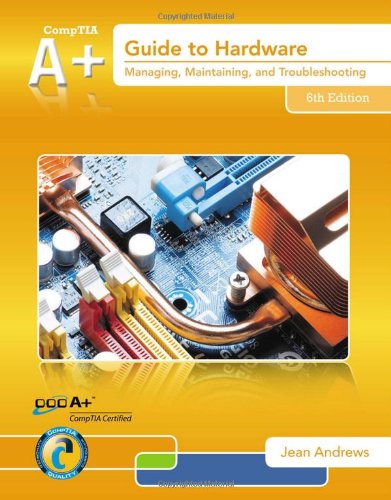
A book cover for A+ Guide to Hardware (with 2 terms (12 months)Printed Access Card; Jean Andrews; Computers & Technology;